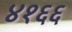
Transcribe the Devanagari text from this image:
४१६६